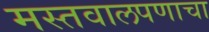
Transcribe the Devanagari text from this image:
मस्तवालपणाचा